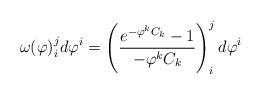
LaTeX: \begin{align*}\omega(\varphi)^j_id\varphi^i =\left(\frac{e^{-\varphi^kC_k}-1}{-\varphi^kC_k}\right)^j_id\varphi^i\end{align*}